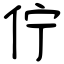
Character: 佇